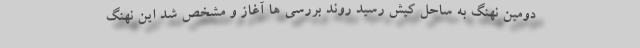
دومین نهنگ به ساحل کیش رسید روند بررسی ها آغاز و مشخص شد این نهنگ